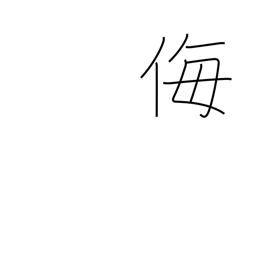
Meaning: scorn